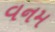
વનમ